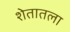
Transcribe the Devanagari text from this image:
शेतातला